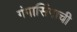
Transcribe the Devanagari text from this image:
गंगासिंगाची